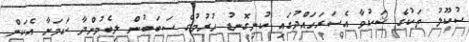
ސުކޫލު ތަކުގެ ޝަކުވާ އެސަރަހައްދުގައި ކުނިގޮނޑު ހުރުމުގެ ސަބަބުން ލިބެމުންދާ ކަމަށާ އެކަން